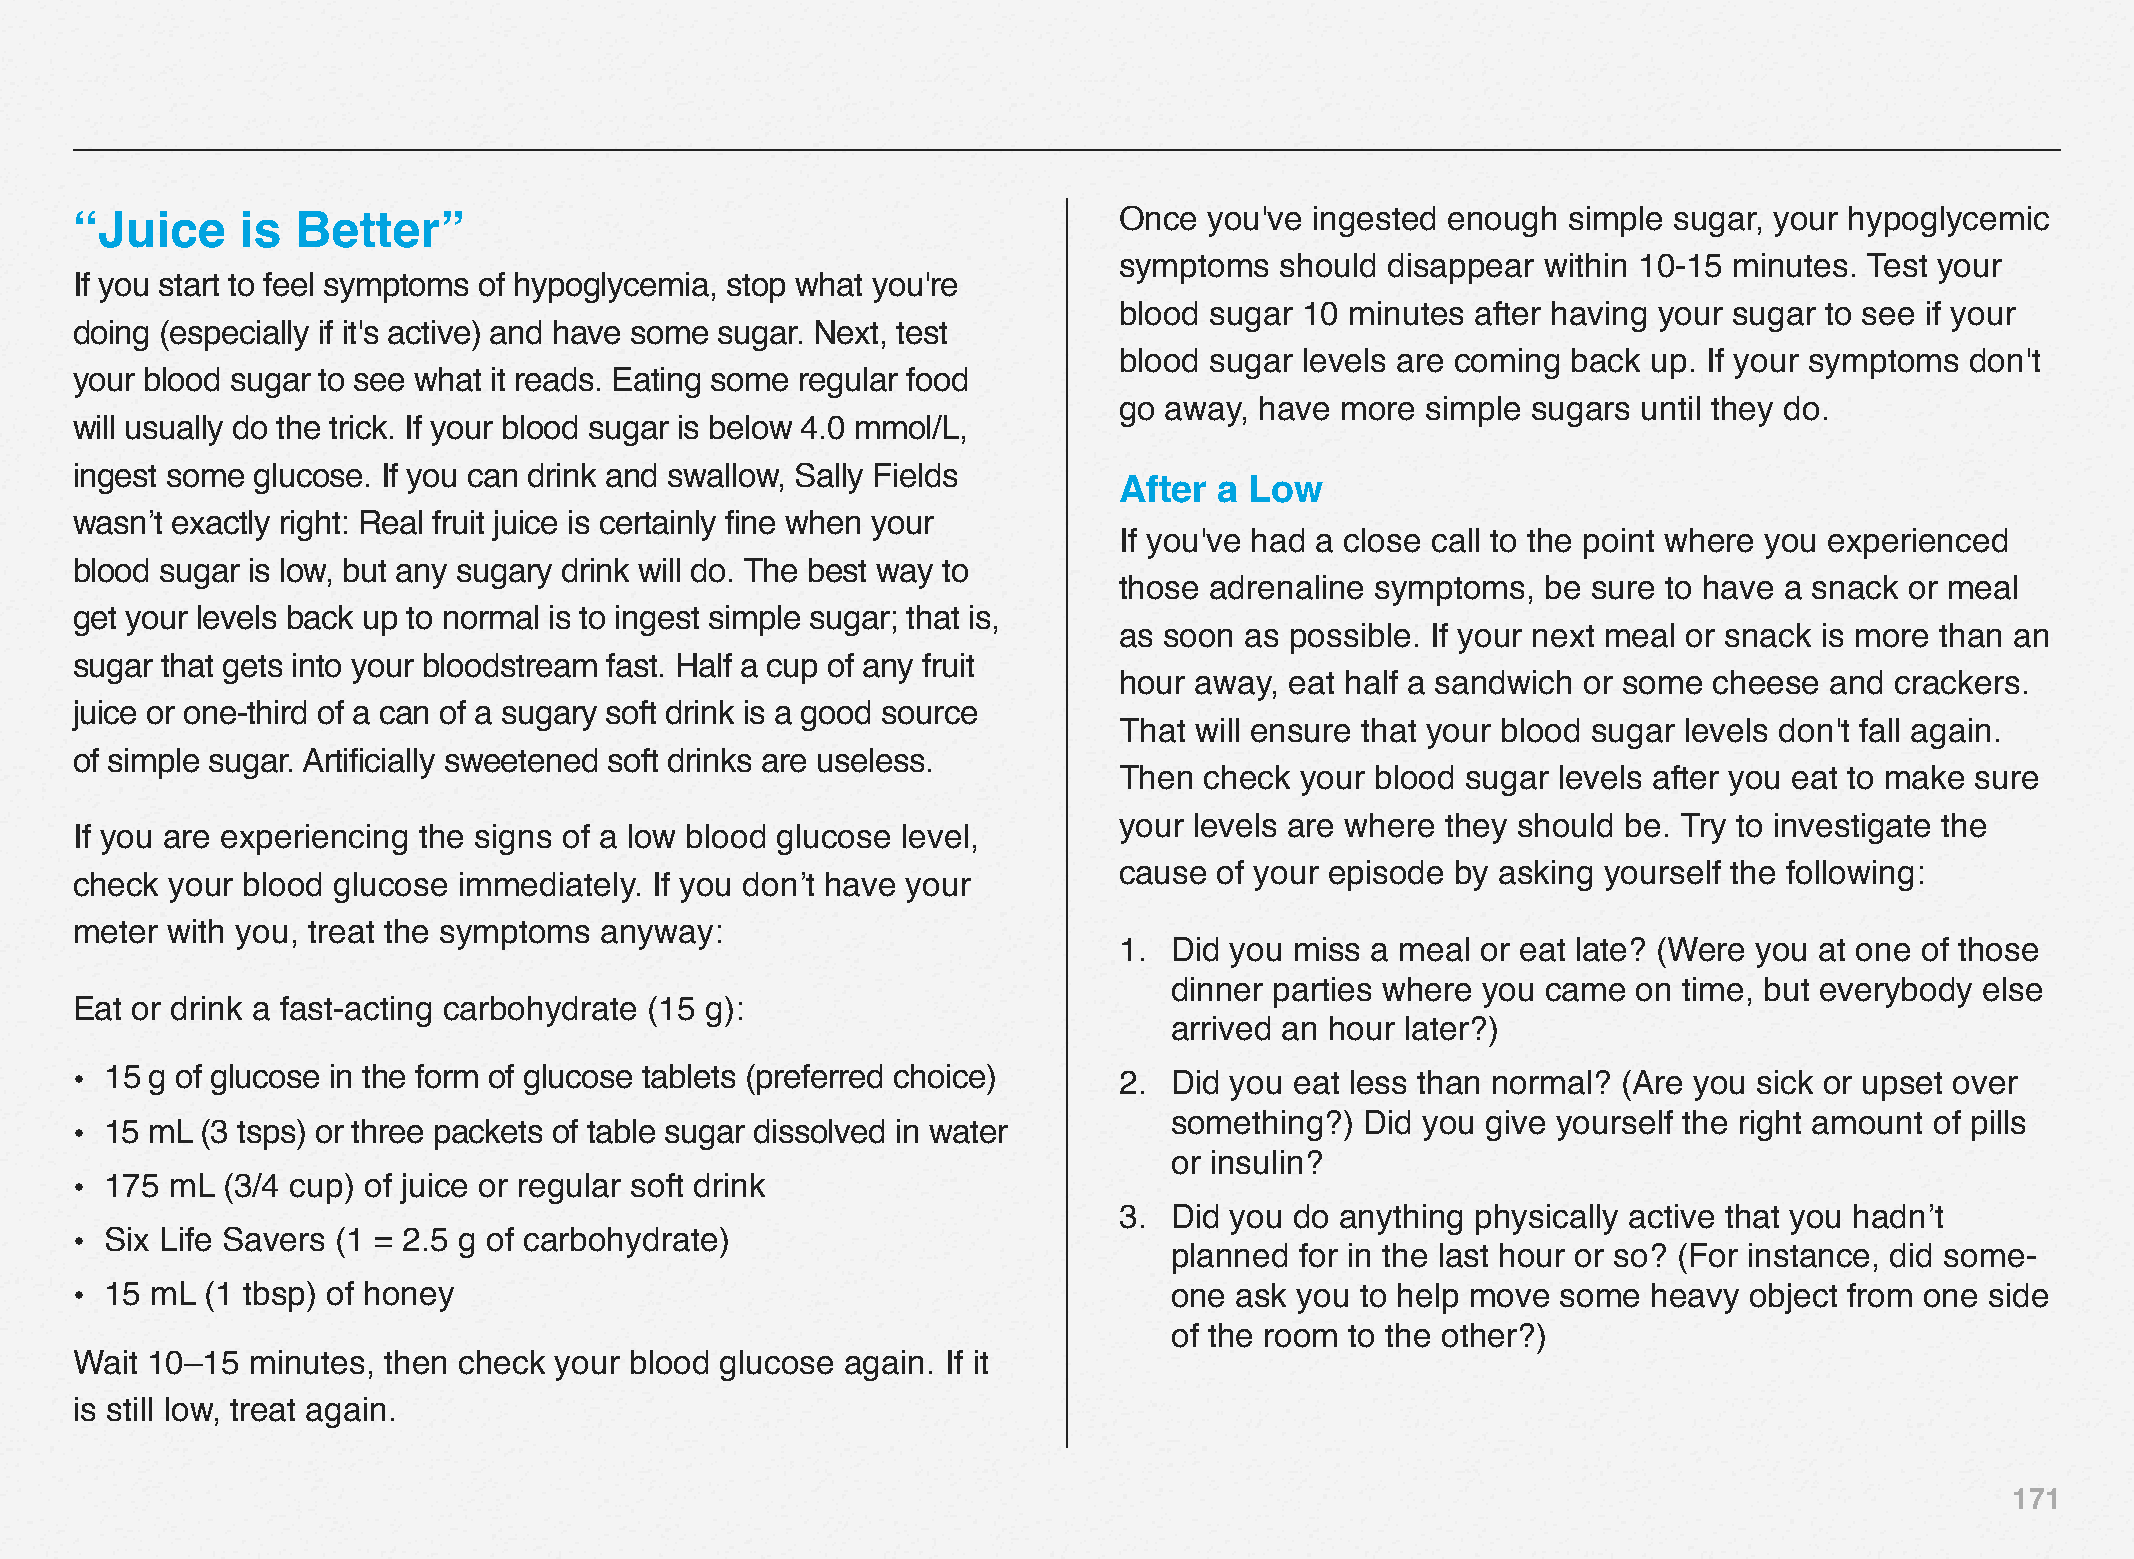
“Juice     is  Better”                                               Once  you've ingested enough  simple sugar, your hypoglycemic
 symptoms   should disappear within 10‒15 minutes. Test your
 If you start to feel symptoms of hypoglycemia, stop what you're
 blood sugar 10 minutes  after having your sugar to see if your
 doing (especially if it's active) and have some sugar. Next, test
 blood sugar levels are coming back up. If your symptoms don't
 your blood sugar to see what it reads. Eating some regular food
 go away, have  more simple sugars  until they do.
 will usually do the trick. If your blood sugar is below 4.0 mmol/L,
 ingest some glucose. If you can drink and swallow, Sally Fields
 After  a Low
 wasn’t exactly right: Real fruit juice is certainly fine when your
 If you've had a close call to the point where you experienced
 blood sugar is low, but any sugary drink will do. The best way to
 those adrenaline symptoms,  be sure to have a snack or meal
 get your levels back up to normal is to ingest simple sugar; that is,
 as soon as possible. If your next meal or snack is more than an
 sugar that gets into your bloodstream fast. Half a cup of any fruit
 hour away, eat half a sandwich or some cheese  and crackers.
 juice or one-third of a can of a sugary soft drink is a good source
 That will ensure that your blood sugar levels don't fall again.
 of simple sugar. Artificially sweetened soft drinks are useless.
 Then  check your blood sugar levels after you eat to make sure
 your levels are where they should be. Try to investigate the
 If you are experiencing the signs of a low blood glucose level,
 cause  of your episode by asking yourself the following:
 check your blood glucose immediately. If you don’t have your
 meter with you, treat the symptoms anyway:
 1.  Did you miss a meal or eat late? (Were you at one of those
 dinner parties where you came on time, but everybody else
 Eat or drink a fast-acting carbohydrate (15 g):
 arrived an hour later?)
 • 15 g of glucose in the form of glucose tablets (preferred choice)  2.  Did you eat less than normal? (Are you sick or upset over
 something?) Did you give yourself the right amount of pills
 • 15 mL (3 tsps) or three packets of table sugar dissolved in water
 or insulin?
 • 175 mL  (3/4 cup) of juice or regular soft drink
 3.  Did you do anything physically active that you hadn’t
 • Six Life Savers (1 = 2.5 g of carbohydrate)
 planned for in the last hour or so? (For instance, did some-
 • 15 mL  (1 tbsp) of honey                                               one ask you to help move some  heavy  object from one side
 of the room to the other?)
 Wait 10–15  minutes, then check your blood glucose again. If it
 is still low, treat again.
 171